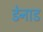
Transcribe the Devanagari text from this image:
डेनाड